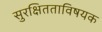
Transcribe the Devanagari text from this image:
सुरक्षितताविषयक